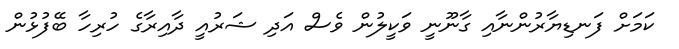
ކަމަށް ފަނޑިޔާރުންނާއި ގާނޫނީ ވަކީލުން ވެސް އަދި ޝަރުއީ ދާއިރާގެ ހުރިހާ ބޭފުޅުން